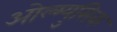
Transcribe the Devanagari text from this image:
ओल्म्युसिक